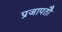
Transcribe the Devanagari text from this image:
प्रजापतौ